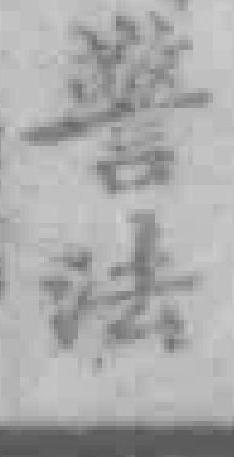
警法